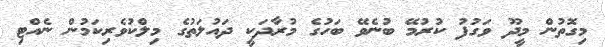
މިގޮތުން މީދޫ ވަގުފު ކުރުމޭ ބުނެވޭ ބަހުގެ މުރާދަކީ ދައުލަތުގެ މިލްކުވެރިކަމުން ނެއްޓި